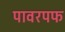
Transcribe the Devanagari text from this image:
पावरपफ